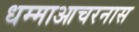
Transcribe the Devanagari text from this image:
धम्माआचरनास